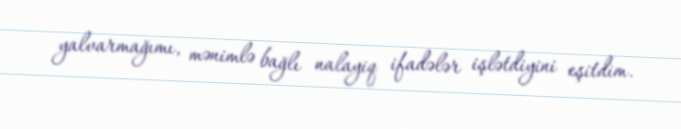
yalvarmağımı, mənimlə bağlı nalayiq ifadələr işlətdiyini eşitdim.